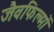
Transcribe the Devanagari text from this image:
जैवफिल्मों